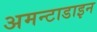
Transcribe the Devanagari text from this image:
अमन्टाडाइन